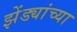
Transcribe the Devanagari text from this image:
झेंड्यांच्या